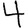
Digit: 4